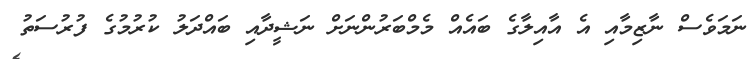
ނަމަވެސް ނާޒިމާއި އެ އާއިލާގެ ބައެއް މެމްބަރުންނަށް ނަޝީދާއި ބައްދަލު ކުރުމުގެ ފުރުސަތު